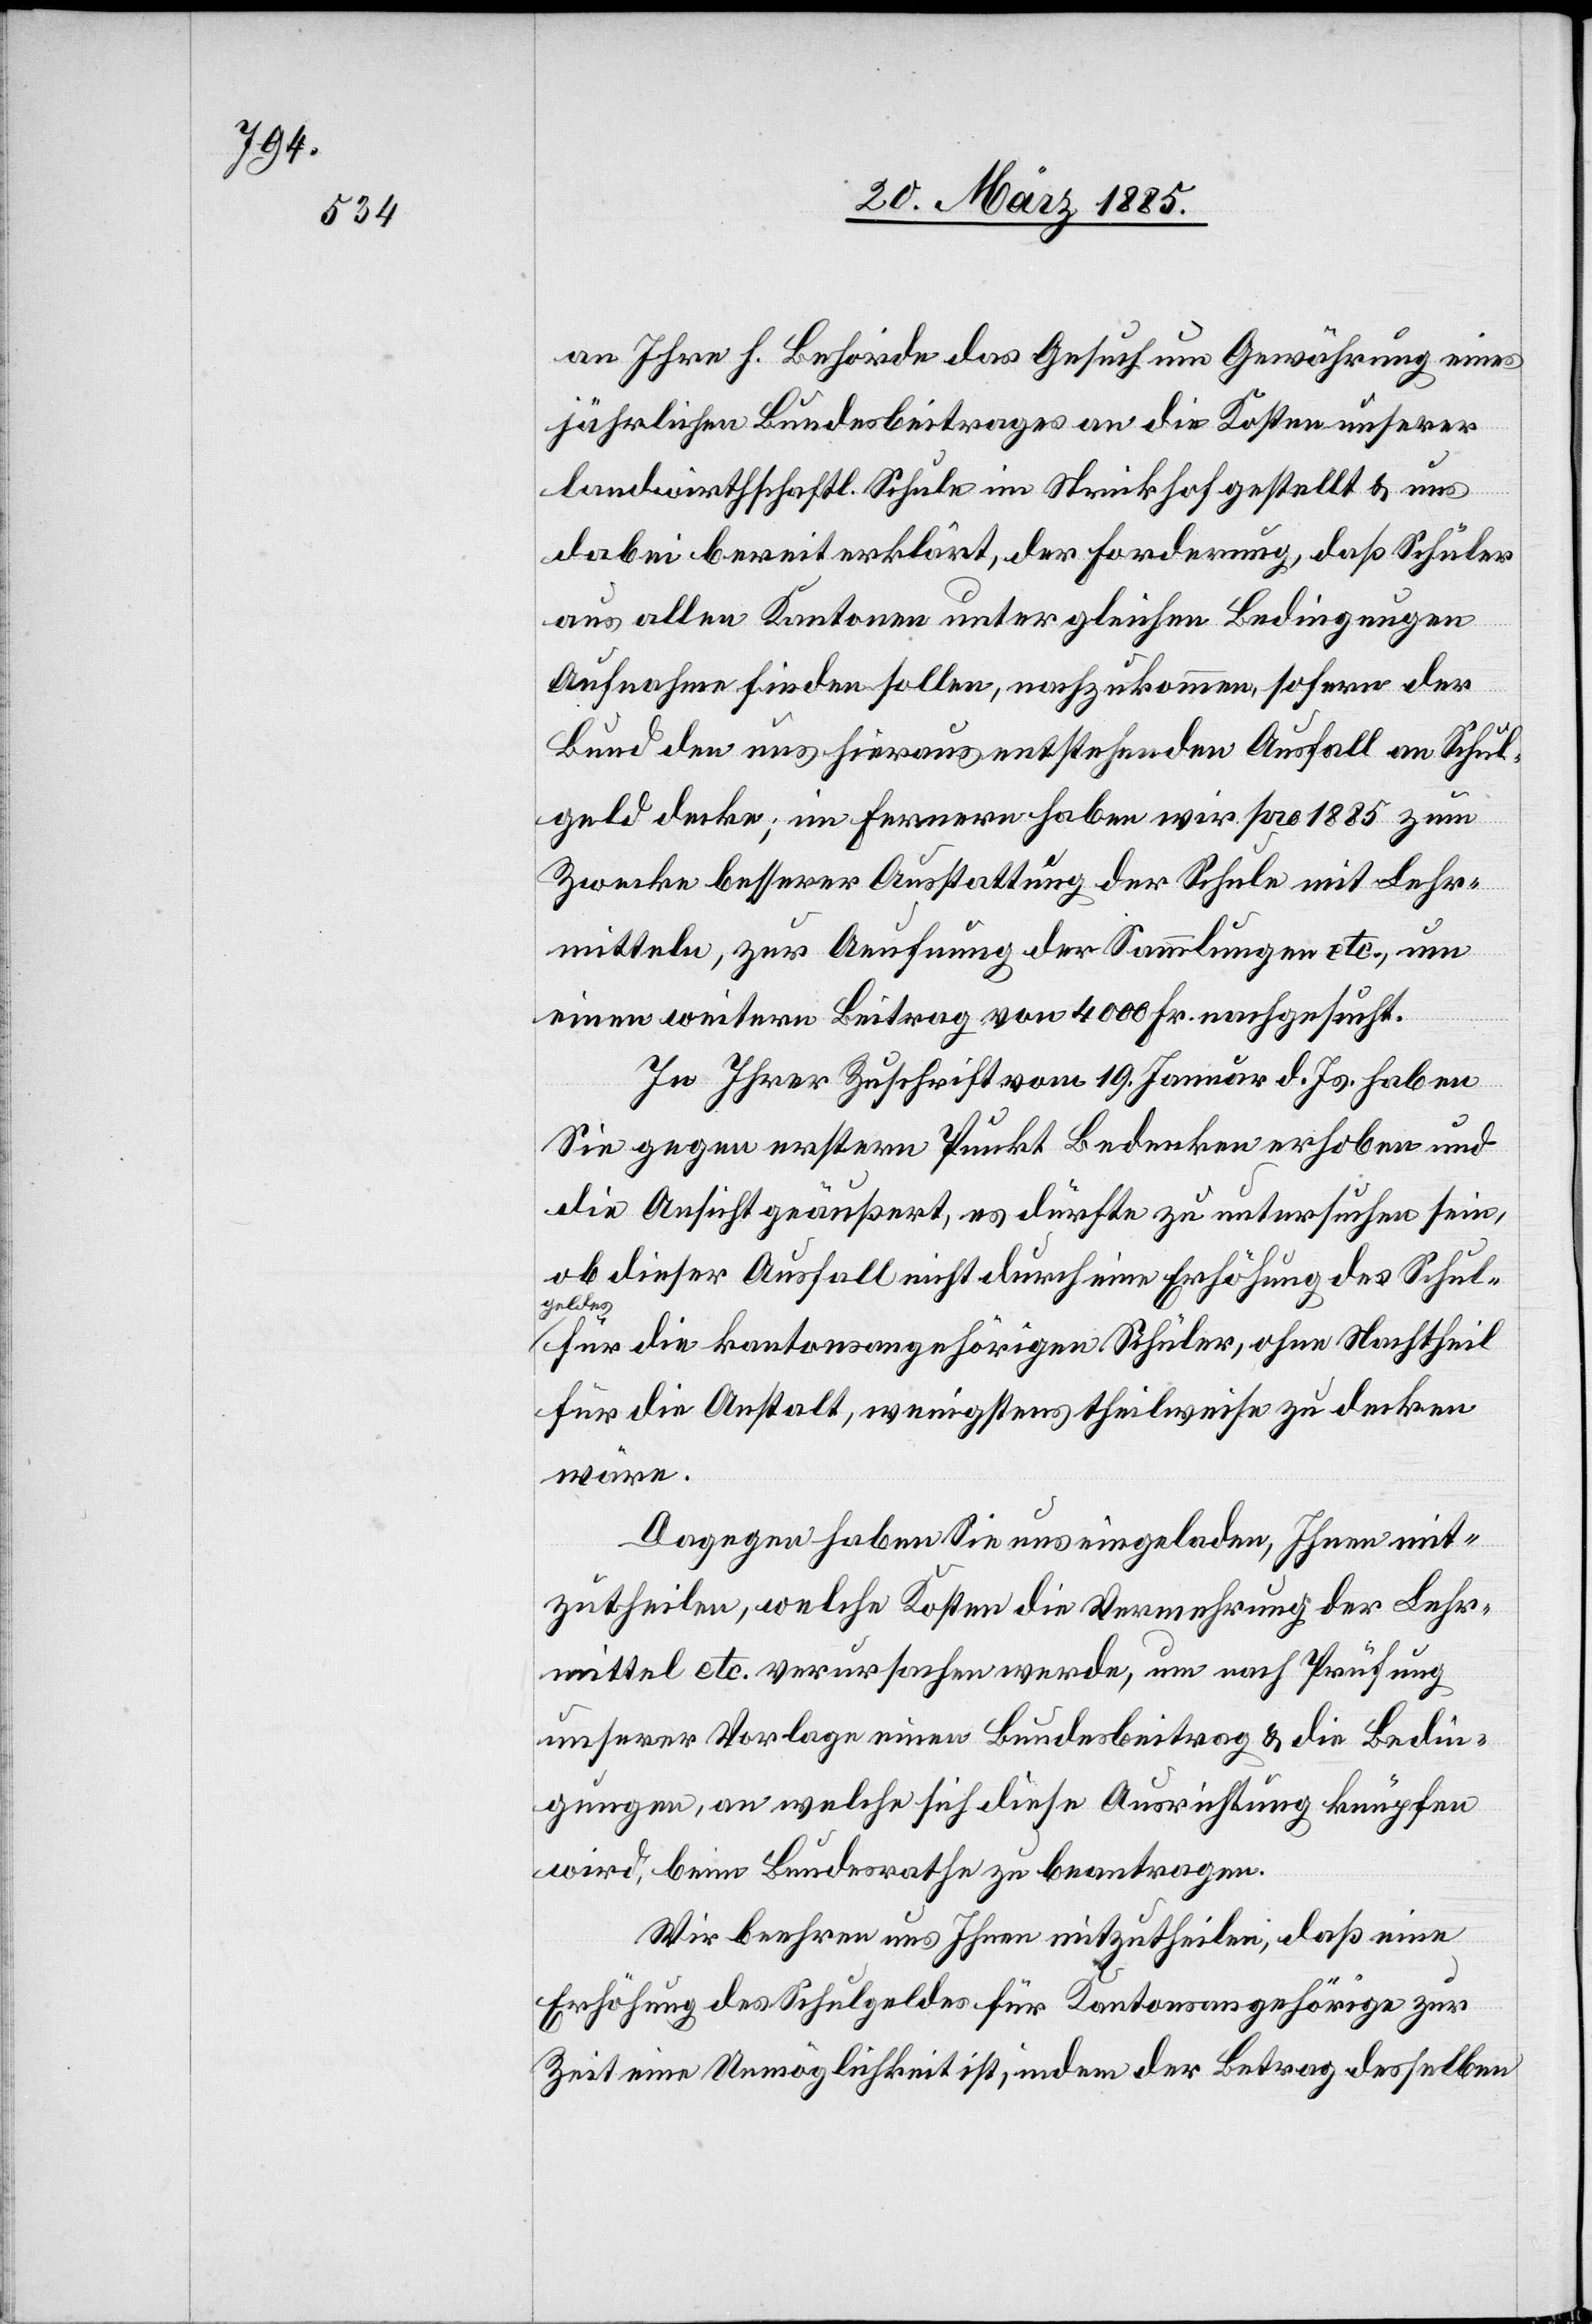
an Ihre h. Behörde das Gesuch um Gewährung eines
jährlichen Bundesbeitrages an die Kosten unserer
landwirthschaftl. Schule im Strickhof gestellt & uns
dabei bereit erklärt, der Forderung, daß Schüler
aus allen Kantonen unter gleichen Bedingungen
Aufnahme finden sollen, nachzukommen, sofern der
Bund den aus hieraus entstehenden Ausfall an Schul¬
geld decke; im Fernern haben wir pro 1885 zum
Zwecke besserer Ausstattung der Schule mit Lehr¬
mitteln, zur Aeufnung der Sammlungen etc., um
einen weitern Beitrag von 4000 Fr. nachgesucht.
In Ihrer Zuschrift vom 19. Januar d. Js. haben
Sie gegen erstern Punkt Bedenken erhoben und
die Ansicht geäußert, es dürfte zu untersuchen sein,
ob dieser Ausfall nicht durch eine Erhöhung des Schul¬
geldes
für die kantonsangehörigen Schüler, ohne Nachtheil
für die Anstalt, wenigstens theilweise zu decken
wäre.
Dagegen haben Sie uns eingeladen, Ihnen mit¬
zutheilen, welche Kosten die Vermehrung der Lehr¬
mittel etc. verursachen werde, um nach Prüfung
unserer Vorlage einen Bundesbeitrag & die Bedin¬
gungen, an welche sich diese Ausrichtung knüpfen
wird, beim Bundesrathe zu beantragen.
Wir beehren uns Ihnen mitzutheilen, daß eine
Erhöhung des Schulgeldes für Kantonsangehörige zur
Zeit eine Unmöglichkeit ist, indem der Betrag derselben